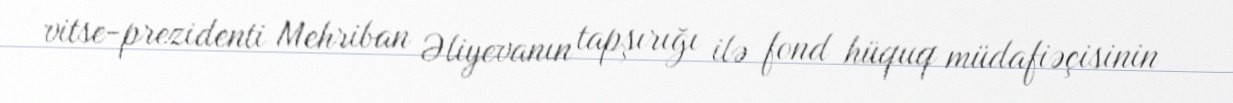
vitse-prezidenti Mehriban Əliyevanın tapşırığı ilə fond hüquq müdafiəçisinin